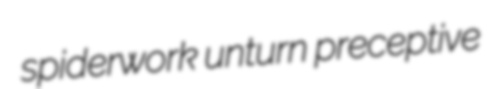
spiderwork unturn preceptive